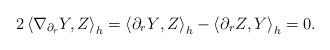
LaTeX: \begin{align*} 2\left\langle\nabla_{\partial_r}Y,Z\right\rangle_h= \left\langle {\partial _rY},Z\right\rangle_h-\left\langle{\partial_r Z},Y\right\rangle_h=0. \end{align*}